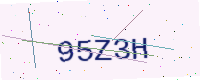
Text: 95Z3H